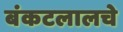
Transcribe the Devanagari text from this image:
बंकटलालचे